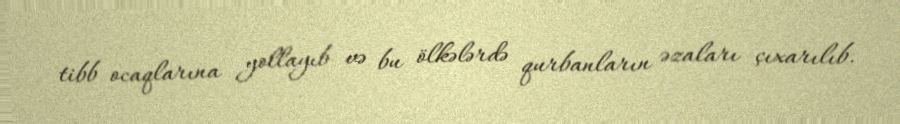
tibb ocaqlarına yollayıb və bu ölkələrdə qurbanların əzaları çıxarılıb.